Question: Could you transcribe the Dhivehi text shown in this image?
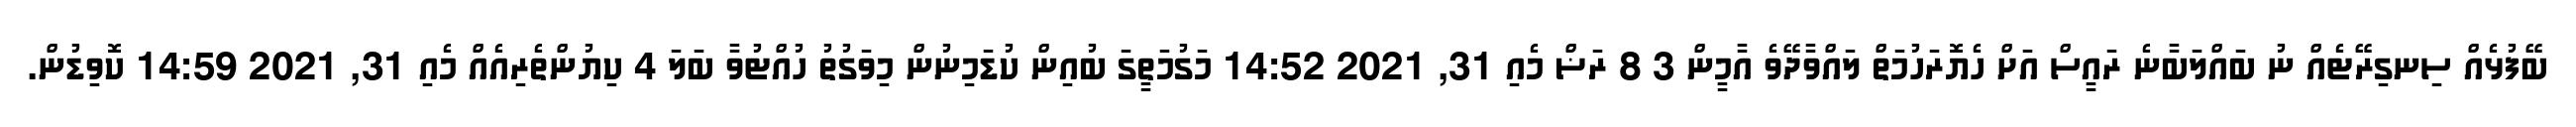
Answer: ބޭފުޅެއް ސިނގިރޭޓެއް ނު ބައްލަބާނެ ރައީސް އަށް ހެޔޮރަހުމަތް ލައްވާދޭވެ އާމީން 3 8 ރަޟް މެއި 31, 2021 14:52 މަގުމަތީގަ ބުއިން ކުޑަމިނުން މިވަގުތު ހުއްޓުވާ ބަލަ 4 ކިޔުންތެރިއެއް މެއި 31, 2021 14:59 ކޮވިޑުން.